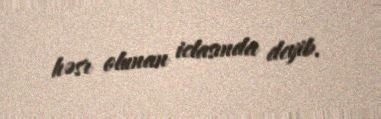
həsr olunan iclasında deyib.